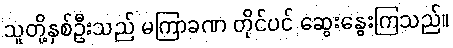
သူတို့နှစ်ဦးသည် မကြာခဏ တိုင်ပင် ဆွေးနွေးကြသည်။